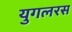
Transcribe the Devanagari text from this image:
युगलरस